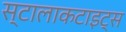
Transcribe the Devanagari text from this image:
स्टालाकटाइट्स